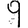
Digit: 9